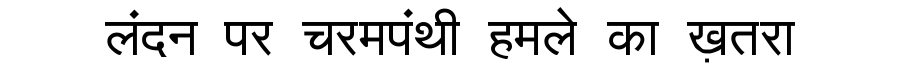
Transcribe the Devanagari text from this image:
लंदन पर चरमपंथी हमले का ख़तरा